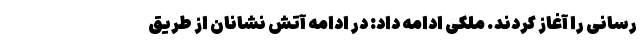
رسانی را آغاز کردند. ملکی ادامه داد: در ادامه آتش نشانان از طریق